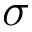
\sigma